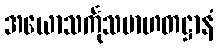
အယောသင်္ကုသမာဟတဋ္ဌာနံ